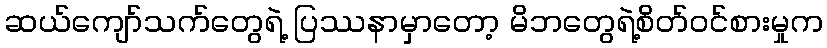
ဆယ်ကျော်သက်တွေရဲ့ ပြဿနာမှာတော့ မိဘတွေရဲ့စိတ်ဝင်စားမှုက